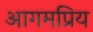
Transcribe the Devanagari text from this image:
आगमप्रिय